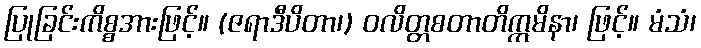
ပြုခြင်းကိစ္စအားဖြင့်။ (ဇရာဒီပိတာ၊) ဝလိတ္တစတာတိဣမိနာ၊ ဖြင့်။ မံသံ၊